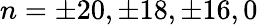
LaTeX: n=\pm 20,\pm 18,\pm 16,0